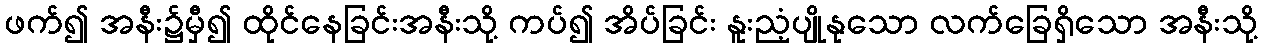
ဖက်၍ အနီး၌မှီ၍ ထိုင်နေခြင်းအနီးသို့ ကပ်၍ အိပ်ခြင်း နူးညံ့ပျိုနုသော လက်ခြေရှိသော အနီးသို့